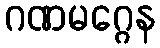
ဂဏမဂ္ဂေန